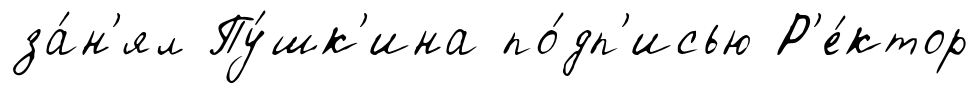
за́н'ял Пу́шк'ина по́дп'исью Р'е́ктор